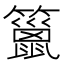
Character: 䉭